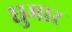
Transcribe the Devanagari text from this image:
घुमार